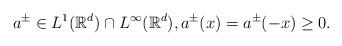
LaTeX: \begin{align*} a^{\pm} \in L^1(\mathbb{R}^d)\cap L^\infty(\mathbb{R}^d), a^{\pm}(x) = a^{\pm}(-x) \geq 0.\end{align*}